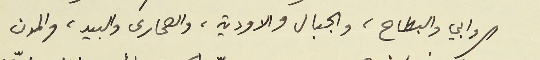
الروابي والبطاح، والجبال والاودية، والصحارى والبيد، والمدن